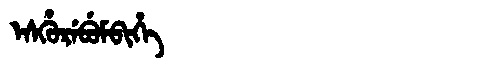
Manchu: ᡝᠰᡥᡠᡵᡝᠪᡠᠮᠪᡳᡥᡝ
Romanization: ESHUREBUMBIHE